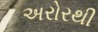
અરોરથી